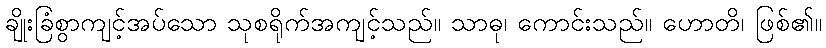
ချိုးခြံစွာကျင့်အပ်သော သုစရိုက်အကျင့်သည်။ သာဓု၊ ကောင်းသည်။ ဟောတိ၊ ဖြစ်၏။